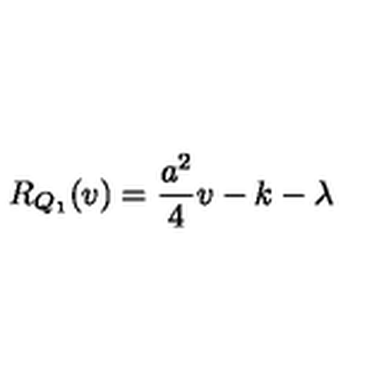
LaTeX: R _ { Q _ { 1 } } ( v ) = \frac { a ^ { 2 } } { 4 } v - k - \lambda